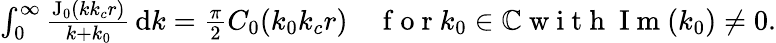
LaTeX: \begin{array}{r}{\int_{0}^{\infty}\frac{\mathrm{J}_{0}(kk_{c}r)}{k+k_{0}}\, \mathrm{d}k=\frac{\pi}{2}C_{0}(k_{0}k_{c}r)\quad\mathrm{~f~o~r~}k_{0}\in\mathbb{C}\mathrm{~w~i~t~h~}\mathrm{~I~m~}(k_{0})\neq 0.}\end{array}